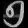
Digit: ၅